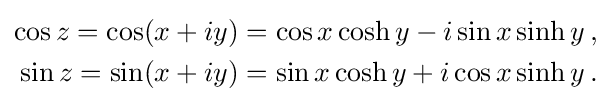
{\begin{aligned}\cos z=\cos(x+iy)&=\cos x\cosh y-i\sin x\sinh y\,,\\\sin z=\sin(x+iy)&=\sin x\cosh y+i\cos x\sinh y\,.\end{aligned}}